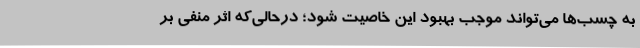
به چسب‌ها می‌تواند موجب بهبود این خاصیت شود؛ درحالی‌که اثر منفی بر